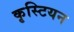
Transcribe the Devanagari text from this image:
कृस्टियन